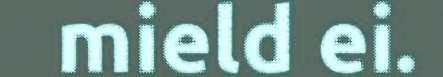
mield ei.